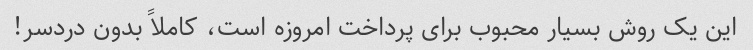
این یک روش بسیار محبوب برای پرداخت امروزه است، کاملاً بدون دردسر!